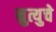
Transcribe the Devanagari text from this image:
म्रुत्युचे